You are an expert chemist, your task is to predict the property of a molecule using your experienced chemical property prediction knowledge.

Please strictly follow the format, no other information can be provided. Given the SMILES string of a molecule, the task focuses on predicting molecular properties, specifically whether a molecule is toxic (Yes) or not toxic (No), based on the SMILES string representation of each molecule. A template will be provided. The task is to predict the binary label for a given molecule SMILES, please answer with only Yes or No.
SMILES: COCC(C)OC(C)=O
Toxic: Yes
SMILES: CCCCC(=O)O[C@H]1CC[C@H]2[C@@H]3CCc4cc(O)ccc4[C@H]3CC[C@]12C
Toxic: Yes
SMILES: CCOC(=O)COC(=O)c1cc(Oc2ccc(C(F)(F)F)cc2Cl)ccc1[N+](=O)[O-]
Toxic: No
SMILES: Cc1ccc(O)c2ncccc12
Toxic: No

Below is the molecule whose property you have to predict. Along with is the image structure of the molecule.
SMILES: COP(N)(=O)SC
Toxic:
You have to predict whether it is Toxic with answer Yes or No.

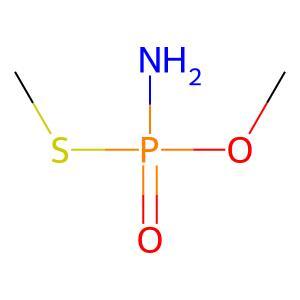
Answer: No